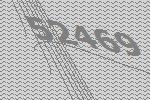
52469